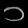
Digit: ၁